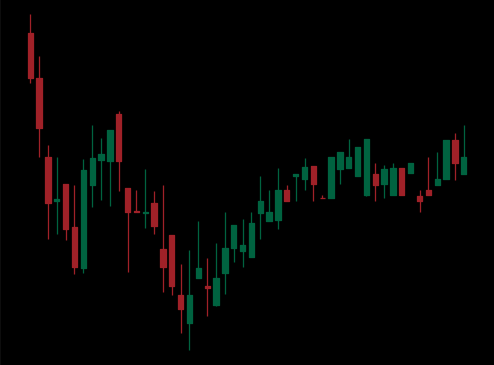
Pattern: inverse_head_shoulders